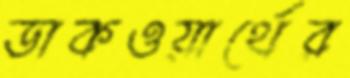
ডাকওয়ার্থের